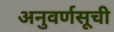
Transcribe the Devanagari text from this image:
अनुवर्णसूची